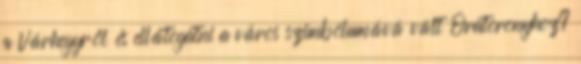
a Várhegyről és ellátogatni a város szimbólumává vált Óratoronyhoz?